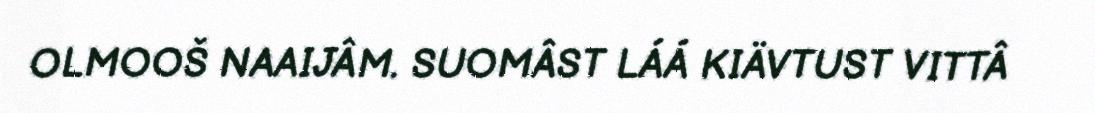
OLMOOŠ NAAIJÂM. SUOMÂST LÁÁ KIÄVTUST VITTÂ